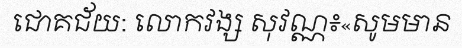
ជោគជ័យ: លោកវង្ស សុវណ្ណ៖«សូមមាន